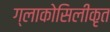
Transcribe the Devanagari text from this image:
ग्लाकोसिलीकृत